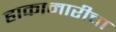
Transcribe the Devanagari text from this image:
हाकामारीचा